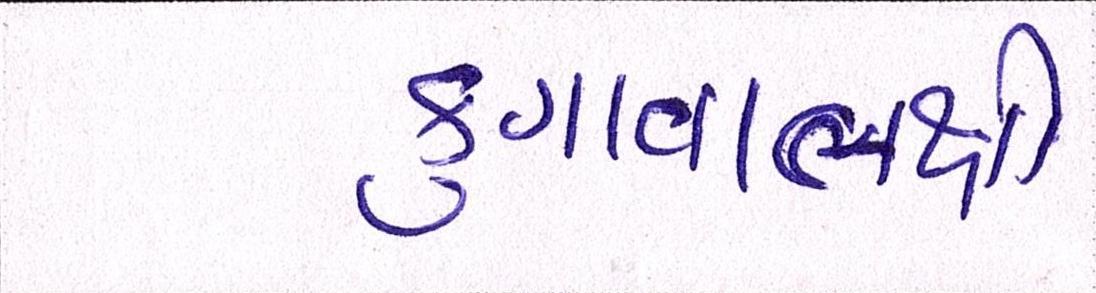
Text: ફુગાવાલક્ષી